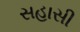
સહાસી